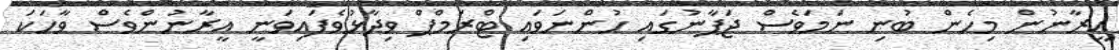
އީރާނުން މިހެން ބުނި ނަމަވެސް ޖަޕާނުގައި ހުންނަވައި ޓްރަމްޕް ވިދާޅުވެފައިވަނީ އީރާނުންވެސް ވާހަކަ